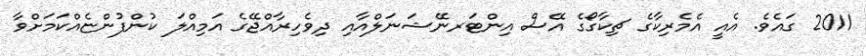
2011 ގައެވެ. އެއީ އެމެރިކާގެ ޗިކާގޯގެ އޭސް އިންޓަރނޭޝަނަލްއާއި ދިވެހިރާއްޖޭގެ އަމިއްލަ ކުންފުންޏެއްކަމަށްވާ